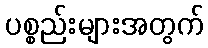
ပစ္စည်းများအတွက်